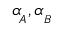
\alpha \! _ { _ A } , \alpha _ { _ B }